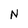
Character: N